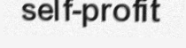
self-profit